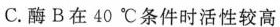
C.酶B在40℃条件时活性较高